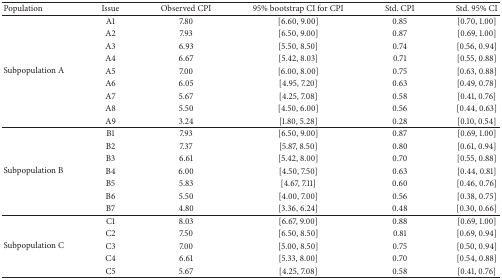
<table><thead><tr><td><b>Population</b></td><td><b>Issue</b></td><td><b>Observed CPI</b></td><td><b>95% bootstrap CI for CPI</b></td><td><b>Std. CPI</b></td><td><b>Std. 95% CI</b></td></tr></thead><tbody><tr><td rowspan="9">Subpopulation A</td><td>A1</td><td>7.80</td><td>[6.60, 9.00]</td><td>0.85</td><td>[0.70, 1.00] </td></tr><tr><td>A2</td><td>7.93</td><td>[6.50, 9.00]</td><td>0.87</td><td>[0.69, 1.00]</td></tr><tr><td>A3</td><td>6.93</td><td>[5.50, 8.50]</td><td>0.74</td><td>[0.56, 0.94]</td></tr><tr><td>A4</td><td>6.67</td><td>[5.42, 8.03]</td><td>0.71</td><td>[0.55, 0.88]</td></tr><tr><td>A5</td><td>7.00</td><td>[6.00, 8.00]</td><td>0.75</td><td>[0.63, 0.88]</td></tr><tr><td>A6</td><td>6.05</td><td>[4.95, 7.20]</td><td>0.63</td><td>[0.49, 0.78]</td></tr><tr><td>A7</td><td>5.67</td><td>[4.25, 7.08]</td><td>0.58</td><td>[0.41, 0.76]</td></tr><tr><td>A8</td><td>5.50</td><td>[4.50, 6.00]</td><td>0.56</td><td>[0.44, 0.63]</td></tr><tr><td>A9</td><td>3.24</td><td>[1.80, 5.28]</td><td>0.28</td><td>[0.10, 0.54]</td></tr><tr><td rowspan="7">Subpopulation B</td><td>B1</td><td>7.93</td><td>[6.50, 9.00]</td><td>0.87</td><td>[0.69, 1.00]</td></tr><tr><td>B2</td><td>7.37</td><td>[5.87, 8.50]</td><td>0.80</td><td>[0.61, 0.94]</td></tr><tr><td>B3</td><td>6.61</td><td>[5.42, 8.00]</td><td>0.70</td><td>[0.55, 0.88]</td></tr><tr><td>B4</td><td>6.00</td><td>[4.50, 7.50]</td><td>0.63</td><td>[0.44, 0.81]</td></tr><tr><td>B5</td><td>5.83</td><td>[4.67, 7.11]</td><td>0.60</td><td>[0.46, 0.76]</td></tr><tr><td>B6</td><td>5.50</td><td>[4.00, 7.00]</td><td>0.56</td><td>[0.38, 0.75]</td></tr><tr><td>B7</td><td>4.80</td><td>[3.36, 6.24]</td><td>0.48</td><td>[0.30, 0.66]</td></tr><tr><td rowspan="5">Subpopulation C</td><td>C1</td><td>8.03</td><td>[6.67, 9.00]</td><td>0.88</td><td>[0.69, 1.00]</td></tr><tr><td>C2</td><td>7.50</td><td>[6.50, 8.50]</td><td>0.81</td><td>[0.69, 0.94]</td></tr><tr><td>C3</td><td>7.00</td><td>[5.00, 8.50]</td><td>0.75</td><td>[0.50, 0.94]</td></tr><tr><td>C4</td><td>6.61</td><td>[5.33, 8.00]</td><td>0.70</td><td>[0.54, 0.88]</td></tr><tr><td>C5</td><td>5.67</td><td>[4.25, 7.08]</td><td>0.58</td><td>[0.41, 0.76]</td></tr></tbody></table>